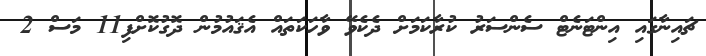
ޗައިނާގައި އިންޓަނެޓް ސެންސަރު ކުރާކަމަށް ދެކެވޭ ވާހަކަތައް އެޤައުމުން ދޮގުކޮށްފި11 މަސް 2